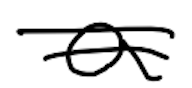
Text: a
Cross-out: double-line
Writing tool: digital_black